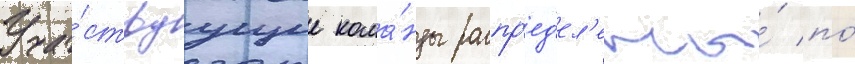
Уча́ствуущие кома́нды распр'ед'ел'ены́ по́